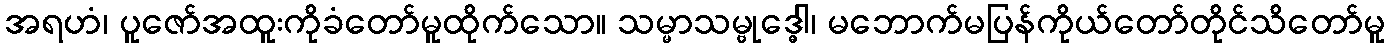
အရဟံ၊ ပူဇော်အထူးကိုခံတော်မူထိုက်သော။ သမ္မာသမ္ဗုဒ္ဓေါ၊ မဘောက်မပြန်ကိုယ်တော်တိုင်သိတော်မူ